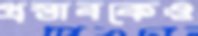
প্রস্তাবকেও